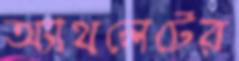
অ্যাথলেটের